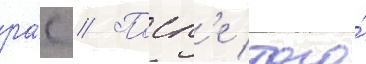
ра́с // Посл'е того́